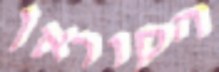
הקוראן